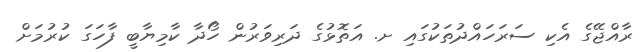
ރާއްޖޭގެ އެކި ސަރަހައްދުތަކުގައި ށ. އަތޮޅުގެ ދަރިވަރުން ހޯދާ ކާމިޔާބީ ފާހަގަ ކުރުމަށް